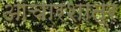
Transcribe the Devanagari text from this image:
आचारशात्र